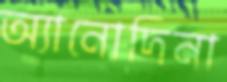
অ্যানোদিনা